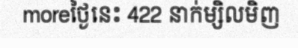
moreថ្ងៃនេះ 422 នាក់ម្សិលមិញ